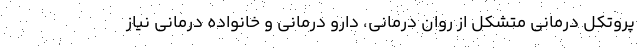
پروتکل درمانی متشکل از روان درمانی، دارو درمانی و خانواده درمانی نیاز